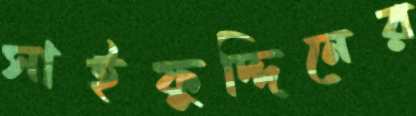
সাইফুদ্দিনের